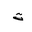
Letter: _ta